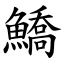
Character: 鱎